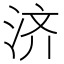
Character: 济